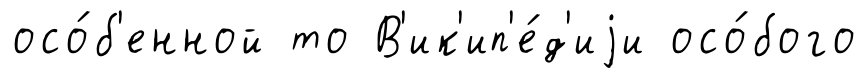
осо́б'енной то В'ик'ип'е́д'иjи осо́бого